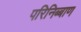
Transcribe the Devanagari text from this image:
परिनिब्बाण